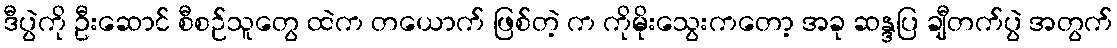
ဒီပွဲကို ဦးဆောင် စီစဉ်သူတွေ ထဲက တယောက် ဖြစ်တဲ့ က ကိုမိုးသွေးကတော့ အခု ဆန္ဒပြ ချီတက်ပွဲ အတွက်